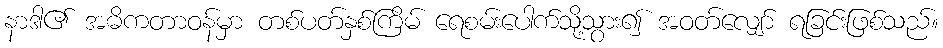
နာဒါ၏ အဓိကတာဝန်မှာ တစ်ပတ်နှစ်ကြိမ် ရေစမ်းပေါက်သို့သွား၍ အဝတ်လျှော် ရခြင်းဖြစ်သည်။